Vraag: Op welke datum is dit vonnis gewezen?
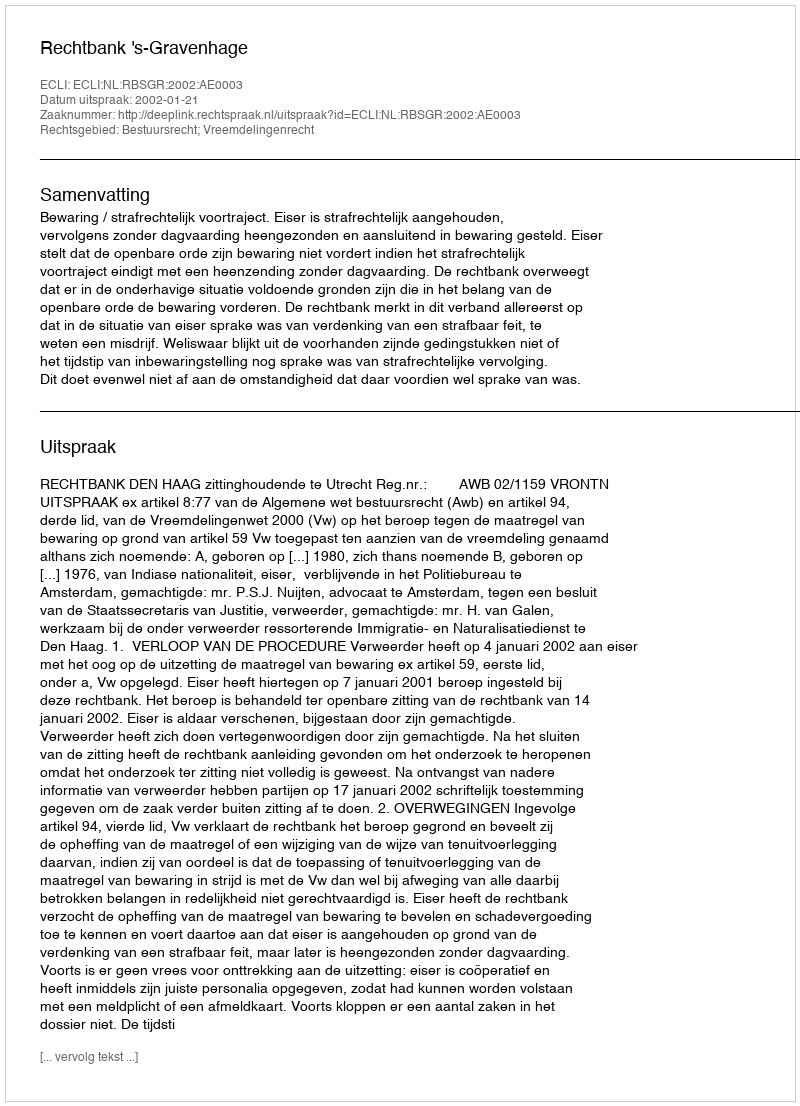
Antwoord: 2002-01-21